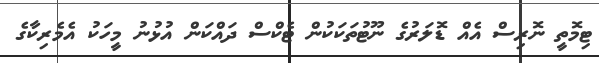
ޓިމޮތީ ނޮރިސް އެއް ޑޮލަރުގެ ނޫޓުތަކަކުން ޓެކްސް ދައްކަން އުޅުނު މީހަކު އެމެރިކާގެ